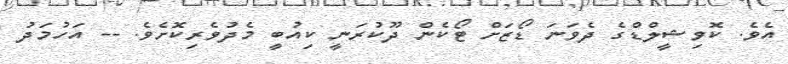
އެވެ. ކޮވިޝީލްޑްގެ ދެވަނަ ޑޯޒަށް ޓޯކެން ދޫކުރަނީ ކިއުބީ މެދުވެރިކޮށެވެ. -- އަހުމަދު